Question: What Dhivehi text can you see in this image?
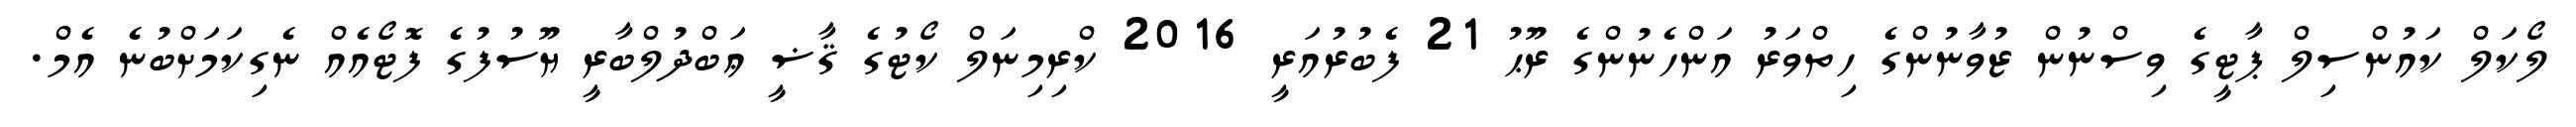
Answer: ލޯކަލް ކައުންސިލް ޕާޓީގެ ވިސްނުން ޒުވާނުންގެ ހިތްވަރު އަންހެނުންގެ ރޫޙު 21 ފެބުރުއަރީ 2016 ކްރިމިނަލް ކޯޓުގެ ޤާޟީ ޢަބްދުލްބާރީ ޔޫސުފުގެ ފޮޓޯއެއް ނެގިކަމަށްބުނެ އެމް.